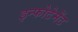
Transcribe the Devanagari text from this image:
इन्फोटेमेंट